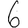
Digit: 6